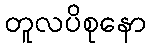
တူလပိစုနော